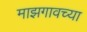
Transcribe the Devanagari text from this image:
माझगावच्या